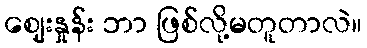
ဈေးနှုန်း ဘာ ဖြစ်လို့မတူတာလဲ။